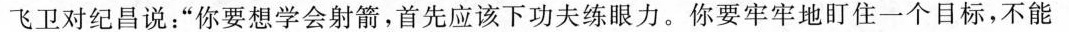
飞卫对纪昌说：“你要想学会射箭，首先应该下功夫练眼力。你要牢牢地盯住一个目标，不能